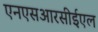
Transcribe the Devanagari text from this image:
एनएसआरसीईएल